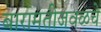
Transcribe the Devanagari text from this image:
बारामतीजवळचे